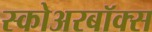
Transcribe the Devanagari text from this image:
स्कोअरबॉक्स